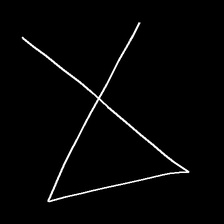
Glyph: collection